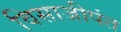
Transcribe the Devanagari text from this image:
विसाजीपंत